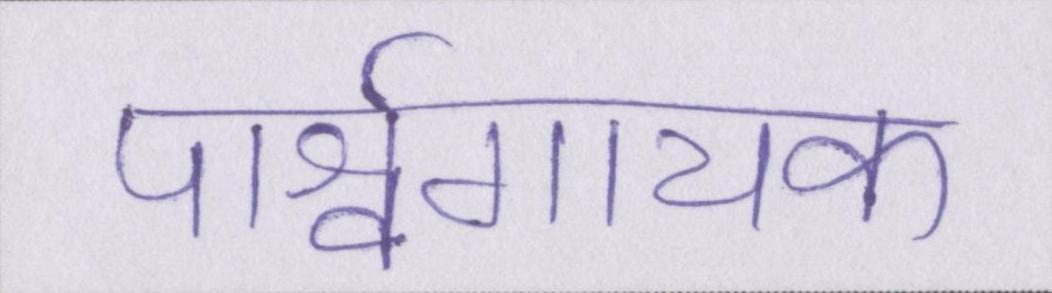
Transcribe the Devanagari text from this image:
पार्श्वगायक